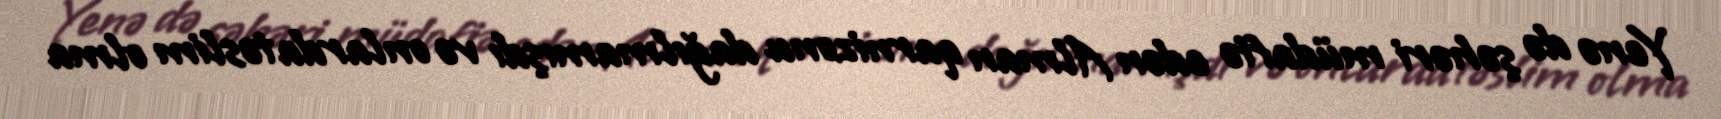
Yenə də şəhəri müdafiə edən Alman qarnizonu dağılmamışdı və onlarda təslim olma